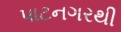
પાટનગરથી